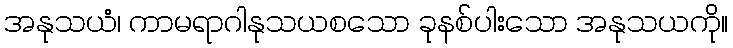
အနုသယံ၊ ကာမရာဂါနုသယစသော ခုနစ်ပါးသော အနုသယကို။